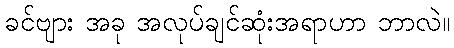
ခင်ဗျား အခု အလုပ်ချင်ဆုံးအရာဟာ ဘာလဲ။